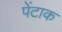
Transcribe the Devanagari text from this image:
पेंटाक